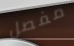
مفصل